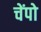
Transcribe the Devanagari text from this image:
चेंपो